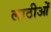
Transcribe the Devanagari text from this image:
लाठीओं